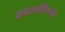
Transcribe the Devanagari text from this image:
कवट्यांविषयी